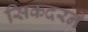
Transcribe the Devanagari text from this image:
सिकदरने